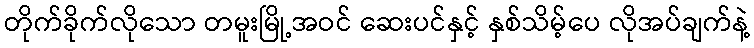
တိုက်ခိုက်လိုသော တမူးမြို့အဝင် ဆေးပင်နှင့် နှစ်သိမ့်ပေ လိုအပ်ချက်နဲ့